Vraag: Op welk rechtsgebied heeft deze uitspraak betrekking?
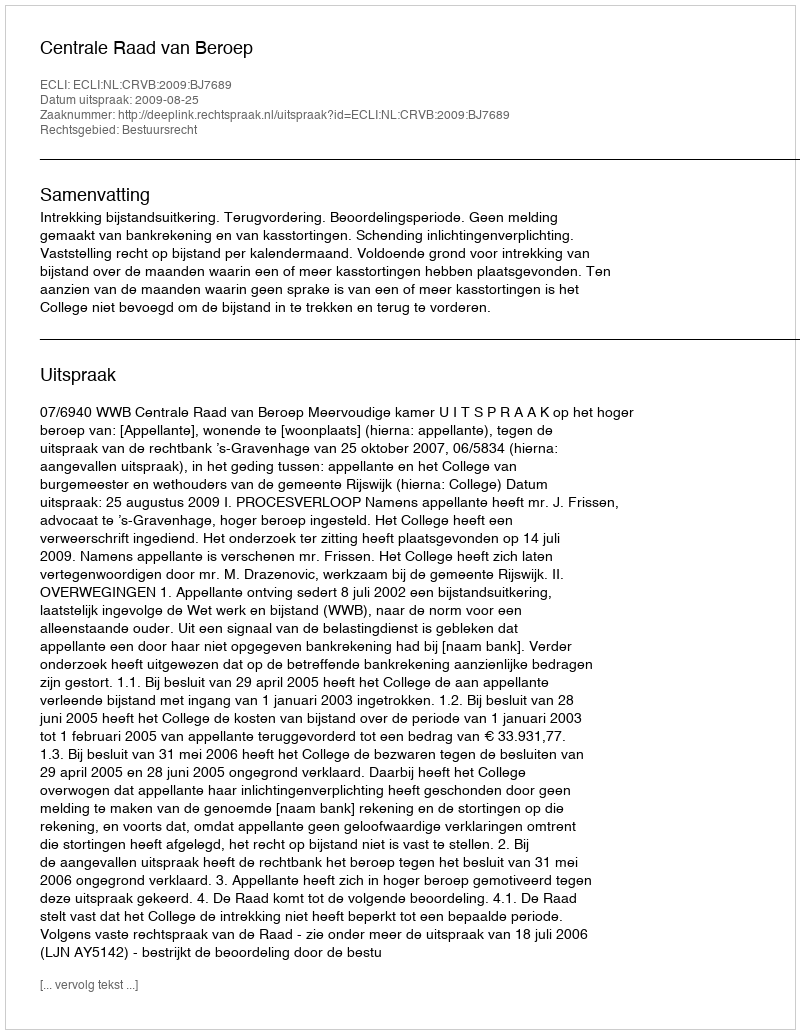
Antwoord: Bestuursrecht